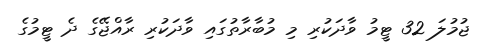
ޖުމުލަ 32 ޓީމު ވާދަކުރި މި މުބާރާތުގައި ވާދަކުރި ރާއްޖޭގެ ދެ ޓީމުގެ